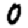
Digit: 0